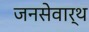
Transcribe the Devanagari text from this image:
जनसेवार्थ